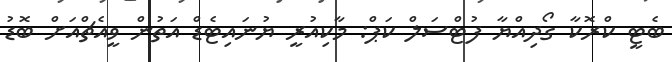
ބެޓީ ކްރޮކާ ގޯދިއްޔާ ފުޓްސަލް ކަޕް: މާކިއުރީ ޔުނައިޓެޑް އަތުން ވީއެޗްއަށް ބޮޑު